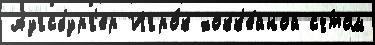
Аугсбург'ер Игро́к хокк'е́йной сч́том